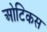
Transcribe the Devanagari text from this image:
ओटिकस